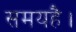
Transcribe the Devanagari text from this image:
समयहै।